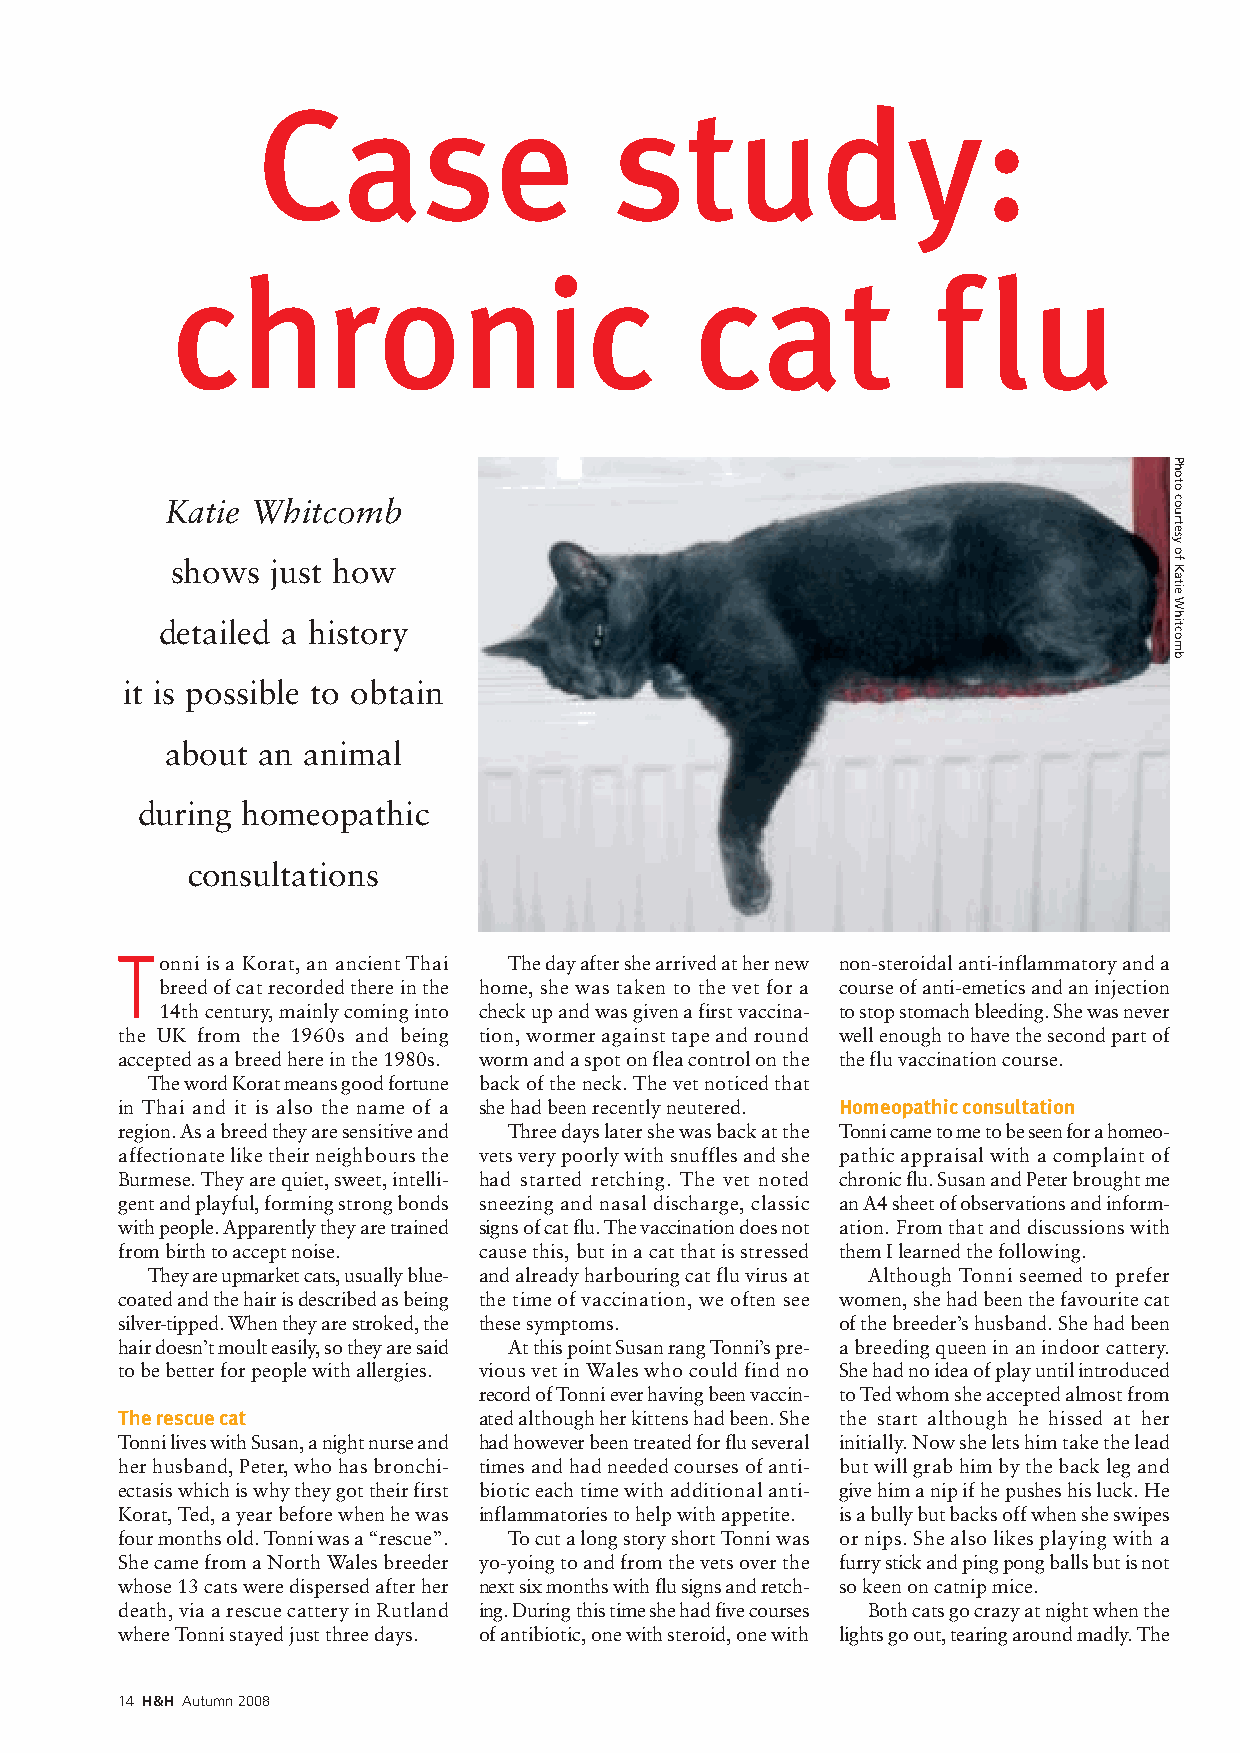
Case                    study:
 chronic                            cat             f  lu
 Katie Whitcomb
 shows  just how
 detailed a history
 it is possible to obtain
 about an animal
 during homeopathic
 consultations
 T
 onni is a Korat, an ancient Thai The day after she arrived at her new non-steroidal anti-inflammatory and a
 breed of cat recorded there in the home, she was taken to the vet for a course of anti-emetics and an injection
 14th century, mainly coming into check up and was given a first vaccina- to stop stomach bleeding. She was never
 the UK from the 1960s and being tion, wormer against tape and round well enough to have the second part of
 accepted as a breed here in the 1980s. worm and a spot on flea control on the the flu vaccination course.
 The word Korat means good fortune back of the neck. The vet noticed that
 in Thai and it is also the name of a she had been recently neutered. Homeopathic consultation
 region. As a breed they are sensitive and Three days later she was back at the Tonni came to me to be seen for a homeo-
 affectionate like their neighbours the vets very poorly with snuffles and she pathic appraisal with a complaint of
 Burmese. They are quiet, sweet, intelli- had started retching. The vet noted chronic flu. Susan and Peter brought me
 gent and playful, forming strong bonds sneezing and nasal discharge, classic an A4 sheet of observations and inform-
 with people. Apparently they are trained signs of cat flu. The vaccination does not ation. From that and discussions with
 from birth to accept noise. cause this, but in a cat that is stressed them I learned the following.
 They are upmarketcats, usually blue- and already harbouring cat flu virus at Although Tonni seemed to prefer
 coated and the hair is described as being the time of vaccination, we often see women, she had been the favourite cat
 silver-tipped. When they are stroked, the these symptoms. of the breeder’s husband. She had been
 hair doesn’t moult easily, so they are said At this point Susan rang Tonni’s pre- a breeding queen in an indoor cattery.
 to be better for people with allergies. vious vet in Wales who could find no She had no idea of play until introduced
 record of Tonni ever having been vaccin- to Ted whom she accepted almost from
 The rescue cat          ated although her kittens had been. She the start although he hissed at her
 Tonni lives with Susan, a night nurse and had however been treated for flu several initially. Now she lets him take the lead
 her husband, Peter, who has bronchi- times and had needed courses of anti- but will grab him by the back leg and
 ectasis which is why they got their first biotic each time with additional anti- give him a nip if he pushes his luck. He
 Korat, Ted, a year before when he was inflammatories to help with appetite. is a bully but backs off when she swipes
 four months old. Tonni was a “rescue”. To cut a long story short Tonni was or nips. She also likes playing with a
 She came from a North Wales breeder yo-yoing to and from the vets over the furry stick and ping pong balls but is not
 whose 13 cats were dispersed after her next six months with flu signs and retch- so keen on catnip mice.
 death, via a rescue cattery in Rutland ing. During this time she had five courses Both cats go crazy at night when the
 where Tonni stayed just three days. of antibiotic, one with steroid, one with lights go out, tearing around madly. The
 14 H&H Autumn 2008
 Photo
 courtesy
 of
 Katie
 Whitcomb